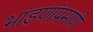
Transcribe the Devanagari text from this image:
भांडणांप्रमाणे